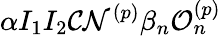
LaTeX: \alpha I_{1}I_{2}\mathcal{C}\mathcal{N}^{({p})}\beta_{n}\mathcal{O}_{n}^{({p})}